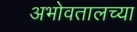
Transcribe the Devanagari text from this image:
अभोवतालच्या